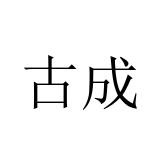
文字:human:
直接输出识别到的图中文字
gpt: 古成